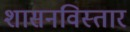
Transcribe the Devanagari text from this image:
शासनविस्तार